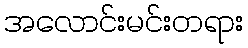
အလောင်းမင်းတရား